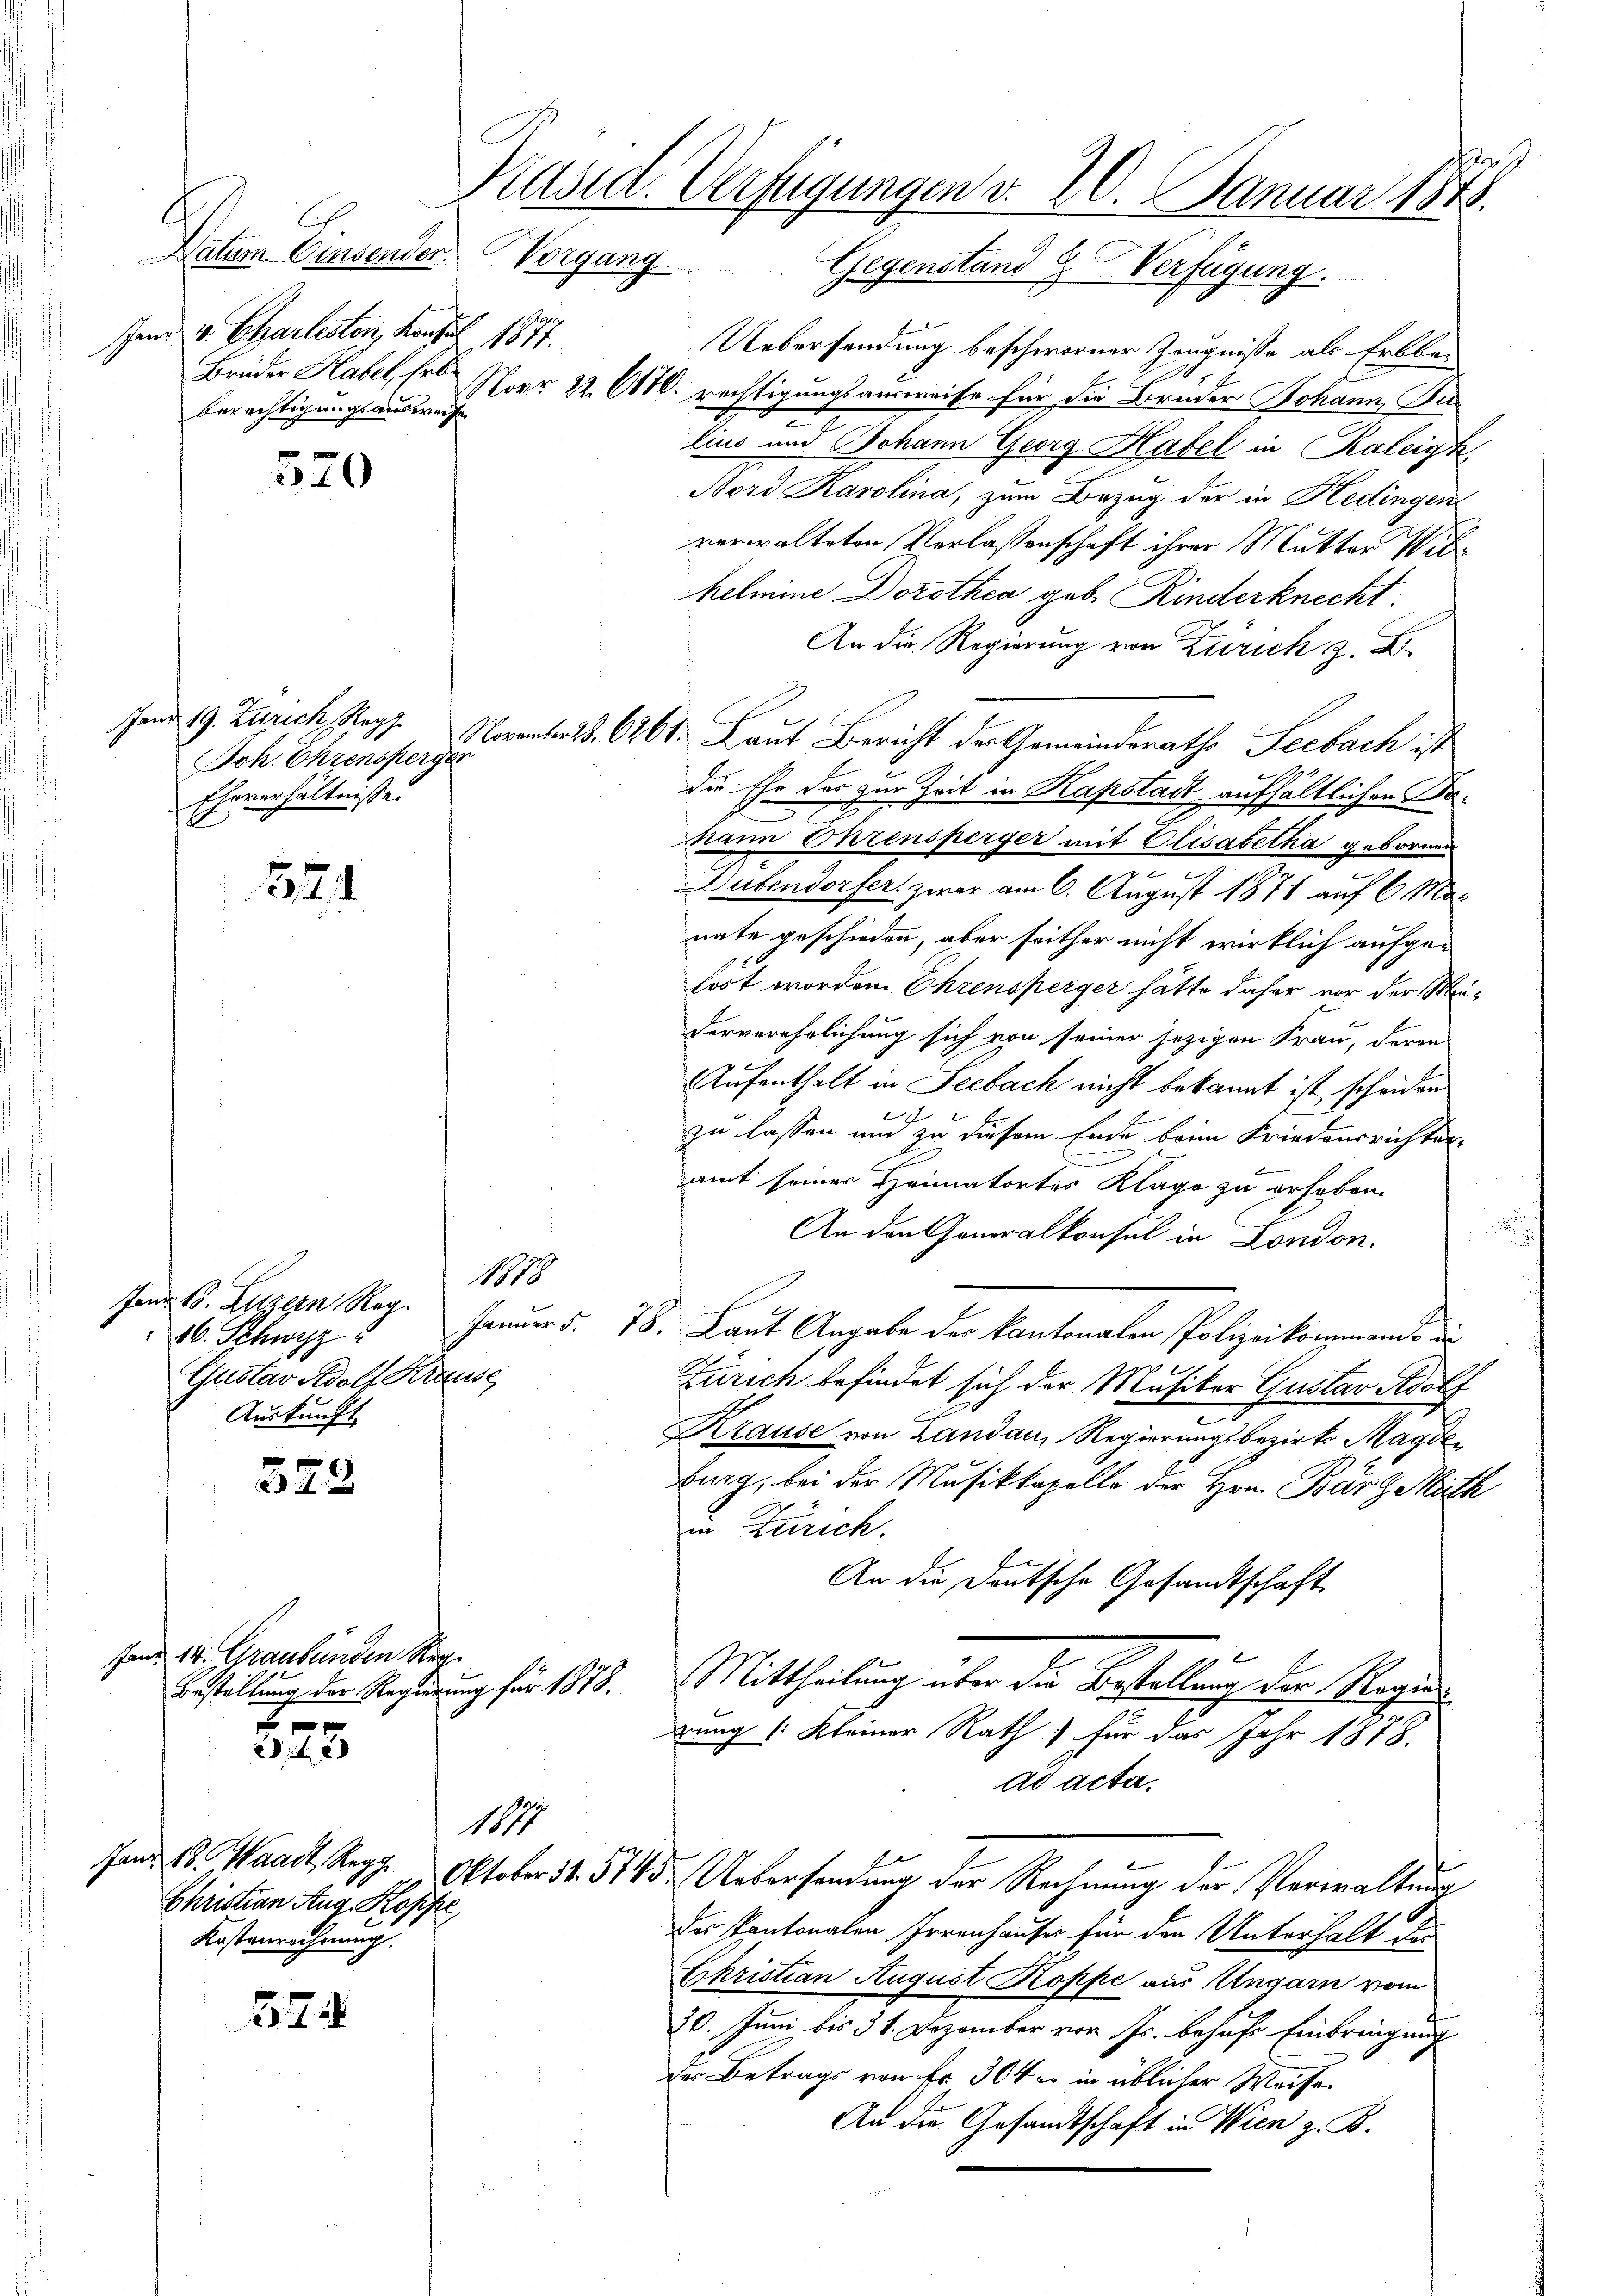
521

522

Fand 14. Graubünden Reg.

325.

174

570

Christian Aug. Kopfe
Kostenrechnung.

a
Käsid. Verfügungen v. 20. Januar 1878.
Datum Einsender Vorgang. Gegenstand Verfügung

Fand v. Charlisten, Konsul 1877.
Berechtigungsausweis

Joh. Ehrensperger
Ehrverhältnisse.

Uebersendung beschworner Zeugnisse als Erbbe-
Brüder Habel, fr Nr. 22. Okt. rechtigungsausweise für die Brüder Johann Be-
lius und Johann Georg Habel in Kaleigk
Bord Karolina, zum Bezug der in Hedingen
verwalteten Verlassenschaft ihrer Mutter
helmine Dorothea geb. Kinderknecht
An die Regierung von Zürich z. B.
Jand 19. Zürich Kopf. Norenteil S. 6261. Laut Bericht der Gemeinderaths Seebach ist
die Ehr das zur Zeit in Kapstadt aufhältlichen Dr.
Mann Ehrensperger mit Elisabetha gebornen
Dübendorfer zwar am 6. August 1871 auf 6 Monate geschieden, aber seither nicht wirklich aufgetost worden. Ehrensperger hätte daher vor der Meiderverehrlichung sich von seiner jezigen Frau, deren
Aufenthalt in Seebach nicht bekannt ist scheiden
zu lassen und zu diesem Ende beim Friedensrichter
.
amt seiner Heimatortes Klage zu erhoben.
An den Generalkonsul in London.
h
1878
Januar d. 78. Laut Angabe der kantonalen Polizeikommande un
Zürich befindet sich der Musiker Gustav Adolf
Krause von Landau, Regierungsbezirk Magdeburg, bei der Musikkapelle der Hrn. Barg Math
in Zürich.
An die Deutsche Gesandtschaft
Bestellung der Regierung für 1873. Mittheilung über die Bestellung der Regierung (: Kleiner Rath für das Jahr 1878.
ad acta.
Fand 18. Waadt, Regg. Oktober 31. 5745. Uebersendung der Rechnung der Verwaltung
des Pantonalen Irrenhauses für den Unterhalt der
Christian August Koppe aus Ungarn vom
20. Juni bis 31. Dezember vor Js. behufe Einbringung
der Betrags von Fr. 304 er in üblicher Weisen
An die Gesandtschaft in Wien z. B.

Janr. 18. Luzern Reg.
16. Schwyz
Gustav Adolf Krause
Auskunft

1897.